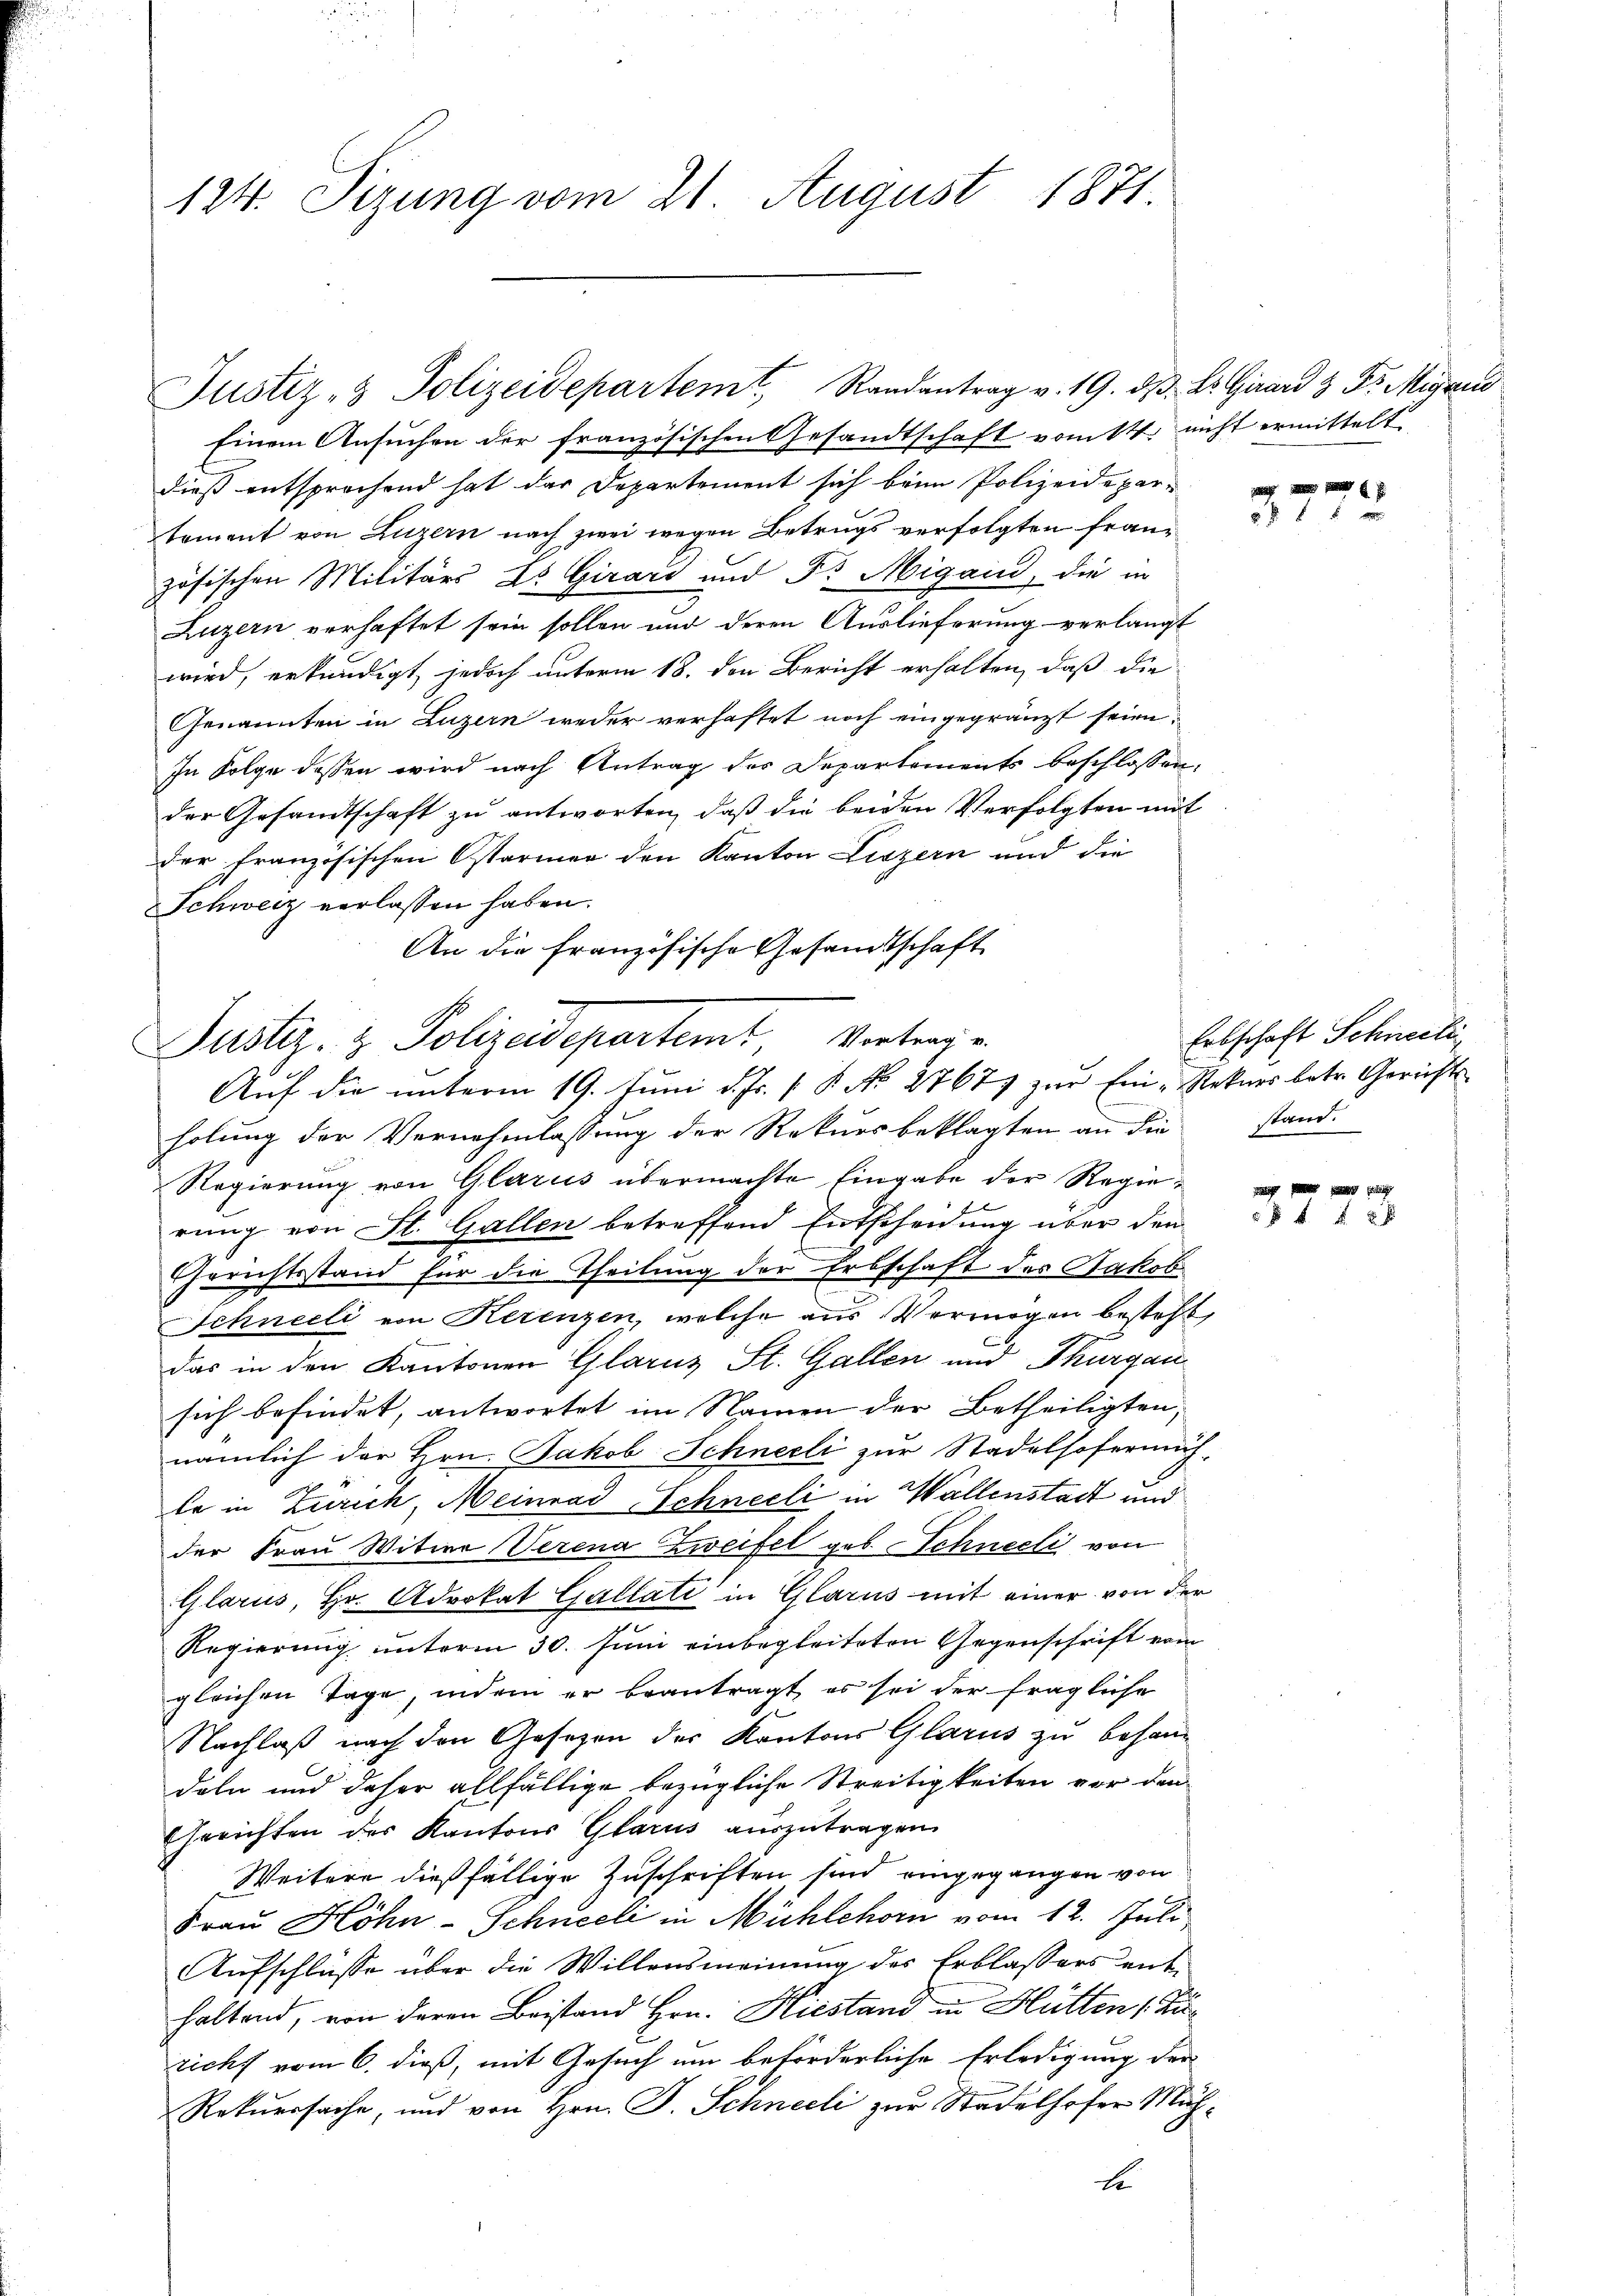
124. Sizung vom 21. August 1871

Einem Ansuchen der französischen Gesandtschaft vom 14. nicht ermittelt,
dieß entsprochend hat das Departement sich beim Polizeidepar-
tement von Luzern nach zwei wegen Betrugs verfolgten französischen Militärs zu Girard und Dr. Migand, die in
Luzern verhaftet sein sollen und deren Auslieferung verlangt
wird, erkundigt, jedoch unterm 18. den Bericht erhalten, daß die
Genannten in Luzern weder verhaftet noch eingegränzt seien.
In Folge dessen wird nach Antrag des Departements beschlossen:
der Gesandtschaft zu antworten, daß die beiden Verfolgten mit
der französischen Ostarmer den Kanton Liszern und die
Schweiz verlassen haben.
An die französische Gesandtschaft

Justiz- & Polizeidepartemt, Randantrag v. 19. dβ. Dr. Girard 3 Fr. Migrau

Justiz- & Polizeidepartemt, Vertrage
Auf die unterm 19. Juni d. Js. [ P. No 27677 zur Ein- Rekurs betr. Gerichts

holung der Vernehmlassung der Rekursbeklagten an die
Regierung von Glarus übermachte Eingabe der Regierŭng von St. Gallen betreffend Entscheidung über den
Gerichtsstand für die Theilung der Erbschaft des Jakob
Schneeli von Herenzen, welche aus Vermögen besteht,
das in den Kantonen Glarus St. Gallen und Thurgau
sich befindet, antwortet im Namen der Betheiligten,
nämlich der Hrn. Jakob Schneeli zur Stadelhofermüh-
le in Zürich, Meinrad Schneeli in Wallenstadt und
der Frau Witwe Verena Zweifel geb. Schneeli von
Glarus, Hr. Advokat Gullati in Glarus mit einer von der
Regierung unterm 30. Juni einbegleiteten Gegenschrift vom
gleichen Tage, indem er beantragt, es sei der fragliche
2
Nachlaß nach den Gesetzen der Kantons Glarus zu behandeln und daher allfällige bezügliche Streitigkeiten vor den
Gerichten des Kantons Glarus auszutragen
Weitere dießfällige Zuschriften, sind eingegangen von
Frau Höhn-Schneel in Mühlehorn vom 12. Juli
Aufschlüsse über die Willensmeinung des Erblassers enthaltend, von deren Beistand Hrn. Hiestand in Hütten 1 Kuricht vom 6. dieß, mit Gesuch um beförderliche Erledigung der
Rekurssache, und von Hrn. J. Schneeli zur Stadelhofer Müht

f 8 x

Erbschaft Schneeli
stand.

ging
5 f 48 x